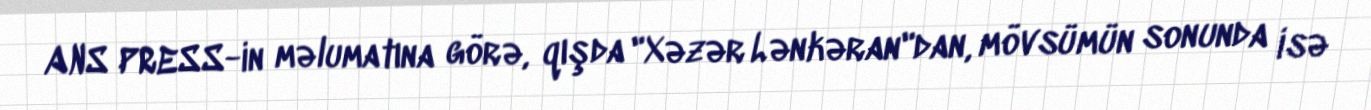
ANS PRESS-in məlumatına görə, qışda "Xəzər Lənkəran"dan, mövsümün sonunda isə